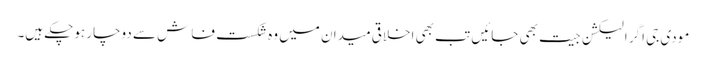
مودی جی اگر الیکشن جیت بھی جائیں تب بھی اخلاقی میدان میں وہ شکست فاش سے دوچار ہوچکے ہیں۔